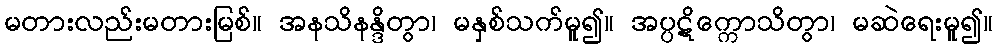
မတားလည်းမတားမြစ်။ အနသိနန္ဒိတွာ၊ မနှစ်သက်မူ၍။ အပ္ပဋိက္ကောသိတွာ၊ မဆဲရေးမူ၍။